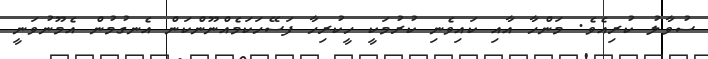
ސުވާލު ކުރިއެވެ. މަންހާ އާއި ކައިވެނި ކުރުމަކީ ހީކުރިހާ ފަސޭހަކަމެއްނޫންކަން އެނގުމުން އެމޫނުވަނީ